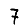
Digit: 7